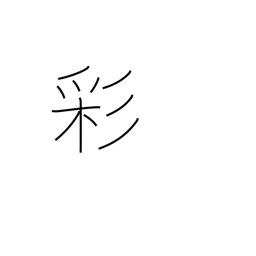
Meaning: coloring